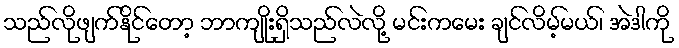
သည်လိုဖျက်နိုင်တော့ ဘာကျိုးရှိသည်လဲလို့ မင်းကမေး ချင်လိမ့်မယ်၊ အဲဒါကို